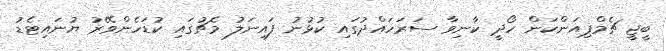
ބީޖީ ޗެމްޕިއަންކަން ހޯދީ ކާނިވާ ސަރަހައްދުގައި ކުޅުނު ފައިނަލު މެޗުގައި ކުޑަހެންވޭރު ޔުނައިޓެޑު